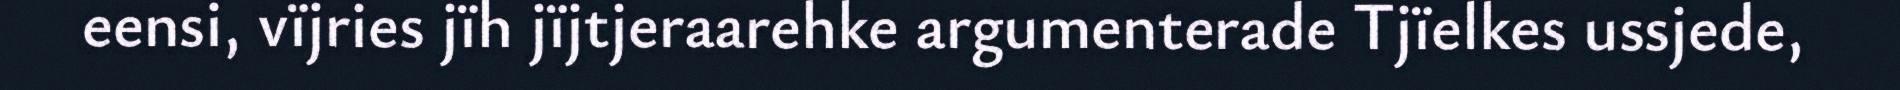
eensi, vïjries jïh jïjtjeraarehke argumenterade Tjïelkes ussjede,